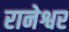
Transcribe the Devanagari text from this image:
रानेश्वर